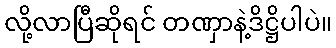
လို့လာပြီဆိုရင် တဏှာနဲ့ဒိဋ္ဌိပါပဲ။